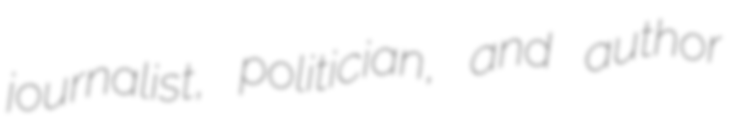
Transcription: journalist, politician, and author